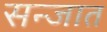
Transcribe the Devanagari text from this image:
सन्जात